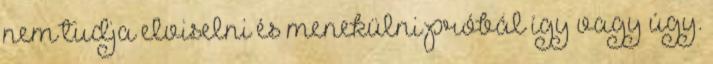
nem tudja elviselni és menekülni próbál így vagy úgy.